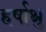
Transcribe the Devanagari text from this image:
हर्षाश्रु